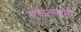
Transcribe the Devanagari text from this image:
संकल्प्वती